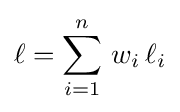
\ell =\sum _{i=1}^{n}\,w_{i}\,\ell _{i}